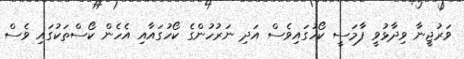
ވަރުޖީނާ ވިދާޅުވީ ފާމަސީ ކޯހުގައިވެސް އަދި ނަރުހުންގެ ކޯހުގައާއި އެހެން ކޯސްތަކުގައި ވެސް